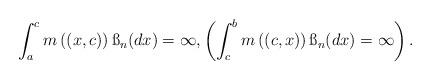
LaTeX: \begin{align*}\int_a^c m\left((x,c)\right)\ss_n(dx)=\infty,\left(\int_c^b m\left((c,x)\right)\ss_n(dx)=\infty \right).\end{align*}